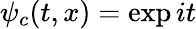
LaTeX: \psi_{c}(t,x)=\exp{it}